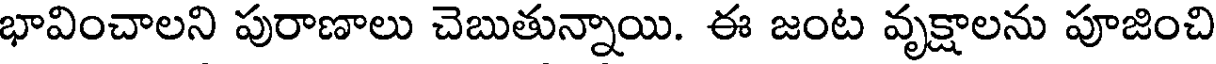
భావించాలని పురాణాలు చెబుతున్నాయి. ఈ జంట వృక్షాలను పూజించి